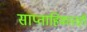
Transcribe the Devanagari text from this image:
साप्ताहिकातही